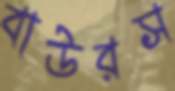
বাউরস